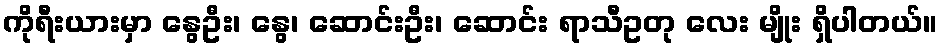
ကိုရီးယားမှာ နွေဦး၊ နွေ၊ ဆောင်းဦး၊ ဆောင်း ရာသီဥတု လေး မျိုး ရှိပါတယ်။